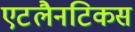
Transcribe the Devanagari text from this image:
एटलैनटिकस